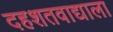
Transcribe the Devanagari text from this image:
दहशतवाद्याला